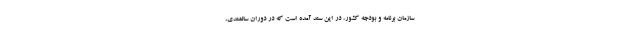
سازمان برنامه و بودجه كشور، در اين سند آمده است كه در دوران سالمندي،